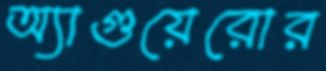
অ্যাগুয়েরোর